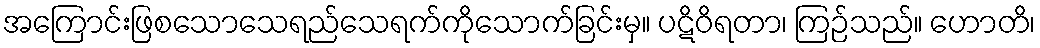
အကြောင်းဖြစသောသေရည်သေရက်ကိုသောက်ခြင်းမှ။ ပဋိဝိရတာ၊ ကြဉ်သည်။ ဟောတိ၊